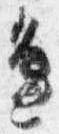
辺